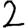
Digit: 2